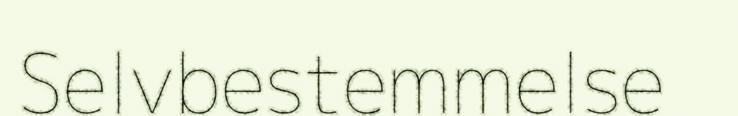
Selvbestemmelse